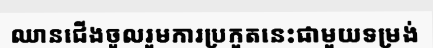
ឈានជើងចូលរួមការប្រកួតនេះជាមួយទម្រង់